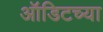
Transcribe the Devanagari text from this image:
ऑडिटच्या